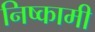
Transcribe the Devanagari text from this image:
निष्कामी